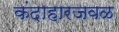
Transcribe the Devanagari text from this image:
कंदाहारजवळ